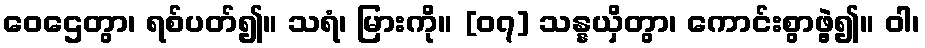
ဝေဌေတွာ၊ ရစ်ပတ်၍။ သရံ၊ မြားကို။ [၀၇] သန္နယှိတွာ၊ ကောင်းစွာဖွဲ့၍။ ဝါ၊